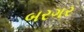
બરગર